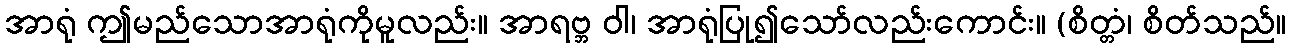
အာရုံ ဤမည်သောအာရုံကိုမူလည်း။ အာရဗ္ဘ ဝါ၊ အာရုံပြု၍သော်လည်းကောင်း။ (စိတ္တံ၊ စိတ်သည်။